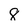
Character: 8